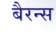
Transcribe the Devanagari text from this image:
बैरन्स